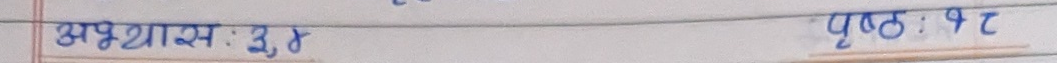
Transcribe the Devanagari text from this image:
अभ्यास: ३,४ पृष्ठ:१८